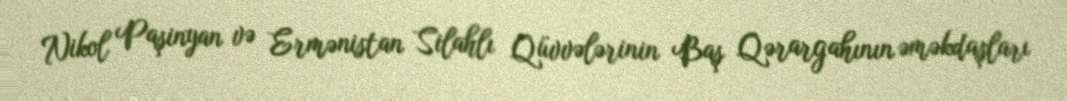
Nikol Paşinyan və Ermənistan Silahlı Qüvvələrinin Baş Qərargahının əməkdaşları